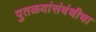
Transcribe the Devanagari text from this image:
पुतळयांसंबंधीचा